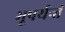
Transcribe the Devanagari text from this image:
भूपर्यन्तं